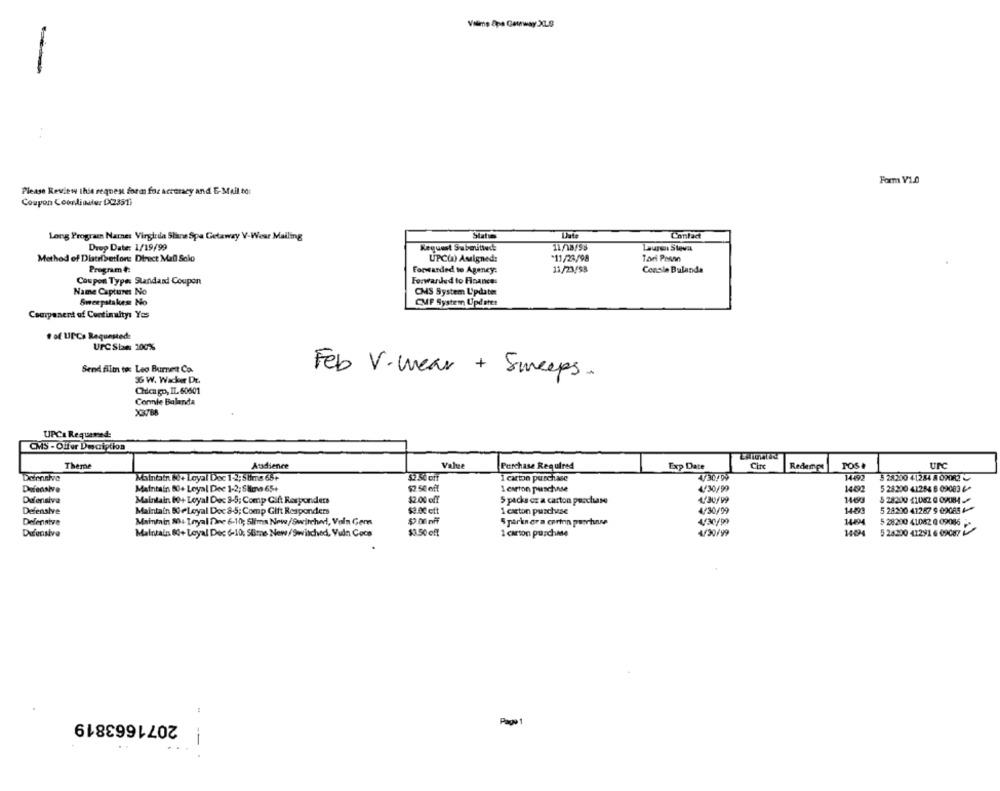
Volime Apa Gewway.XLS
Form V1.0
Please Review this request form for accuracy and E-Mail to:
Coupon Coondiaulur DC351
Long Program Name: Virginia Stara Spa Getaway V-Wear Mailing
Status
Contact
Drey Date: 1/19/99
Request Submutwd:
11/18/98
Laurent Steva
Method of Distrisettore: Direct Mail Solo
UPC() Auigned:
11/23/98
Tari Pasan
Program4:
Forwarded to Agency:
11/23/53
Cenala Bulanda
Coupon Type: Standand Coupon
Forwarded to Finances
Name Captures No
CMS System Lipdaten
Sweepstakes: No
OF System Update:
Component of Continuity: Yes
# of UPCs Requestede
UFC Sian 100%
Send film to: Leo Burnett Co.
36 W. Wacker Dr.
Feb V.wear + Sweeps.
Chicago, IL 60601
Connie Balanda
X3768
UPC: Requerad:
CMS - Offer Description
Theme
Ausience
Value
Purchase Required
Exp Date
Cire
Redempt
TOS
urc
14492
Maintain Ni+ Loyal Doc 1-2;Stima 65+
1 carton purchase
5 28200 41284 8 0PORZ
Defensive
Maintain 80+ Loyal Dee 1-2; Slima 65+
$2 50 off
1 carton puschnse
4/30/99
5 28200 41284 6 09083 4
$2.00 off
1/30/99
14693
5 28200 41082 0 09084 /
Defensive
Maintain 60+ Loyal Dec 3-5; Comp Gift Responders
5 packs cz a carton purchase
Defensive
Maintain 80 + Loyal Doc 8-5; Comp Gift Responders
$3.0c ett
1 carton puschvse
4/30/99
14493
5 28200 41287 9 09085 4
Defensive
Maintain 804- Toyal fine 6-10; Slima Newe/Switcher, Voln Gem
$.00 off
Sparks era carinn punctuuse
4/30/9)
1444
5 28200 41082 0 09086 ;-
1404
Defensive
Maintain 60+ Loyal Dec 6-10: Slime New/Switched, Vuln Coco
$3.50 off
1 carton puschise
4/30/99
5 24200 41291 6 09087
2071663819
Pago 1
--